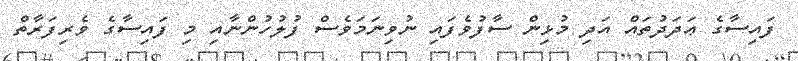
ފައިސާގެ ޢަދަދުތައް އަދި މުޅިން ސާފުވެފައި ނުވިނަމަވެސް ފުލުހުންނާއި މި ފައިސާގެ ވެރިފަރާތް